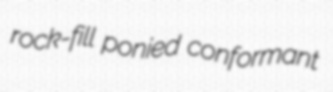
rock-fill ponied conformant